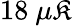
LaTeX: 18~\mu\mathfrak{K}